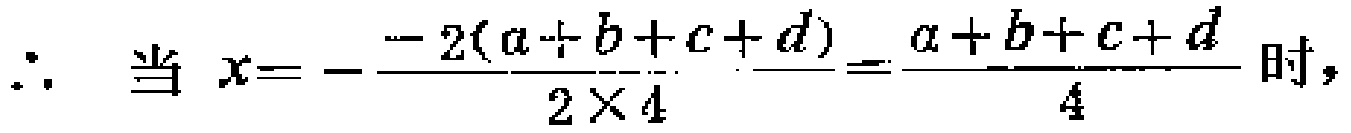
\(\therefore \text{ 当 } x = - \frac{- 2(a + b + c + d)}{2\times 4} = \frac{a + b + c + d}{4} \text{ 时，}\)